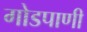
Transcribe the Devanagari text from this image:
गोडपाणी